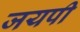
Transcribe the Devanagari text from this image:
जयपी